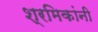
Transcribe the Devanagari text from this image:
श्रमिकांनी